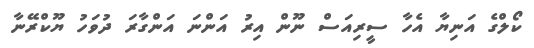
ކޯލްގެ އަނިޔާ އެހާ ސީރިއަސް ނޫން އިރު އަންނަ އަންގާރަ ދުވަހު ޔޫކްރޭނާ